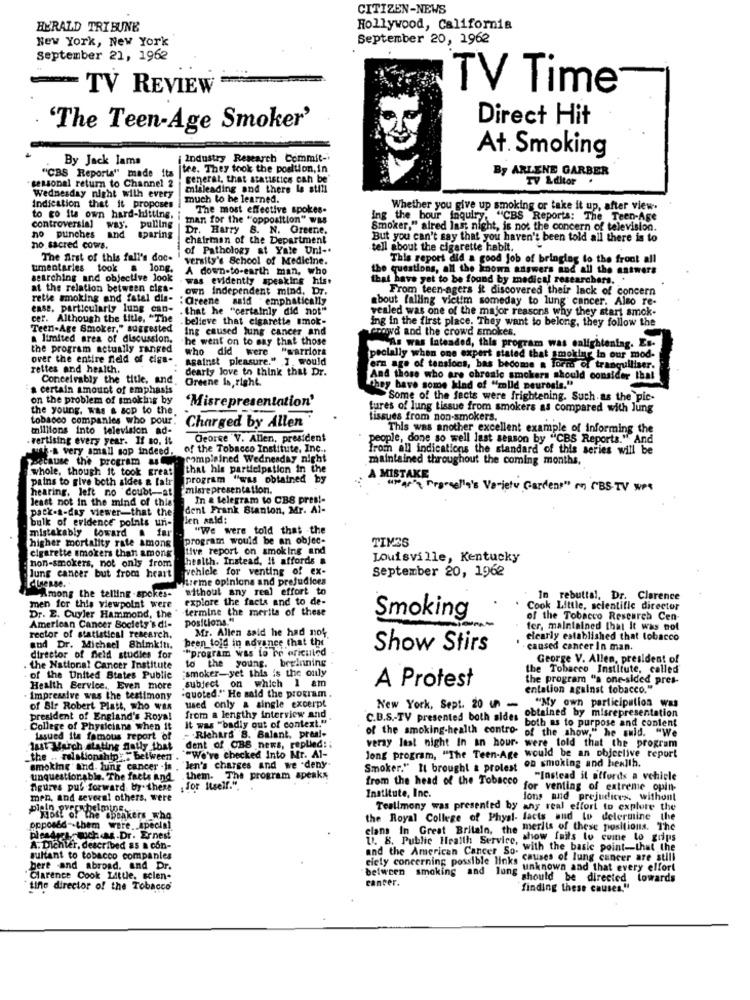
CITIZEN-NEWS
HERALD TRIBUNE
Hollywood, California
New York, New York
September 20, 1962
September 21, 1962
TV REVIEW
TV Time
Direct Hit
'The Teen-Age Smoker'
By Jack lama
Industry Research Commit-
At. Smoking
tee. They took the position, in
By ARLENE GARBER
"CBS Reports" made ita
general, that statistics can be"
TV Editor .
seasonal return to Channel 2
misleading and there la still
Wednesday night with every
much to he learned.
Indication that it proposes
The most effective spokes.
Whether you give up smoking or take it up, after view.
to go its own hard-hitting.
man for the "opposition" Was
Ing the bour inquiry. "CBS Reports: The Teen-Age
controversia]
no punches
way. pulling
Dr. Harry S. N. Greene,
Smoker," alred last night, is not the concern of television.
and sparing
chairman of the Department
But you can't say that you haven't been told all there is to
no sacred cours.
of Pathology at Yale Un !-.
tell about the cigarette habit.
The first of this fall's doc-
versity's School of Medicine.
This report did a good job of bringing to the front all
umentarles took a long.
long.
A down-to-earth man, who
the questions, all the known answers and all the answers
searching and objective Jook
was evidently speaking hist
that have yet to be found by medical researchers. .
at the relation between cigs-
own independent mind, Dr.
From teen-agers it discovered their lack of concern
retie smoking and fatal dia-
"Greene said :emphatically
about falling victim someday to lung cancer. Also re-
ense, particularly lung can-
. that he "certainly did not"
vealed was one of the major reasons why they start smok-
cer. Although the title, "The
. believe that cigarette smok-
ing in the first place. They want to belong, they follow the
Teen-Age Smoker," suggested
Ing caused lung cancer and
crowd and the crowd smokes.
a limited area of discussion.
he went on to say that those
the program actually ranged
who did were "warriors
As was Intended, this program was enlightening. Es-
over the entire field of cigs-
against pleasure." I. would
pecially when one expert stated that smoking In our mod-
rettes and health.
dearly love to think that Dr.
ern age of tensions, bas become a form of tranquiliser.
Conceivably the title, and.
Greene Is, right.
And those who are chreale smokers should consider that
certain amount of emphasis
They have some kind of "mild neurosis."
on the problem of smoking by
"Misrepresentation'
Some of the facts were frightening. Such as the pic-
the young. was & acp to the
fures of lung tissue from smokers as compared with lung
tobacco companies who pour.
Charged by Allen
tissues from non-smokers.
millions into television
ad
This was another excellent example of informing the
. vertising every year. If so. it
George V. Allen, president
people, done so well last season by "CBS Reports." And
ut-a very small sop indeed.
of the Tobacco Institute, Inc ..
from all indications the standard of this series will be
Because the program as
complained Wednesday night
maintained throughout the coming months,
whole, though it took great
that his participation in the
pains to give both sides & fair
program "was obtained by
MISTAKE
misrepresentation.
's Variety Gardens" on IBS-TV WPS
hearing, left no doubt at
least not In the mind of this
In a telegram to CBS pres !-
pack-a-das viewer-that the
dent Frank Stanton, Mr. Al-
bulk of evidence points un-
den sald:
mistakably toward & far
"We were told that the
higher mortality rate among
program would be an objec-
TIMES
cigarette smokers than among
tive report on smoking and
health. Instead, It affords a
Louisville, Kentucky
non-smokers, not only from
vehicle for venting of ex-
September 20, 1962
Jung cancer but from heart
desse.
Rizeme opinions and prejudices
without any real effort to
Among the telling -spokes-
explore the facts and to de-
In rebuttal. Dr. Clarence
men for this viewpoint were
termine the merits of these
Cook Little, scientific director
Dr. E. Cuyler Hammond, the
positions."
Smoking
of the Tobacco Research Cen-
American Cancer Society's di-
Mr. Allen said he had no4
fer, maintained that it was not
rector of statistical research.
been told in advance that the
clearly established that tobacco
and Dr. Michael 8himkin.
""program was to be ericuled
Show Stirs
caused cancer In man.
director of field studies for
to the young. beginning
George V. Allen, president of
the National Cancer Institute
smoker-yet this is the only
the Tobacco Institute, called
of the United States Public
subject on which 1 am
A Protest
the program "a one-sided pres-
Health Service ., Even more
.quoted." He said the program.
entation against tobacco."
Impressive was the testimony
of Bir Robert Platt, who was
used only a single excerpt
New York, Sept. 20 un -
"My own participation was
president of England's Royal
It was "badly out of context.""
from a lengthy interview and
C.D.S .- TV presented both sides
obtained by misrepresentation
College of Physicians when it
- Richard 'S. Balant. pres !-
of the smoking-health contro of the show," he suid. "We
both as to purpose and content
lasued ita famous report of
last Herch stating daily that
dent of CBS news, replied :;
versy Itat night In an hour- were told that the program
the .. relationship:" between . "We've checked Into Mr. Al-
Jong program, "The Teen-Age would be an objective report
on smoking and health.
smoking"and. lung cancer is , len's charges and we "deny
Smoker." It brought a prolest
unquestionable. The facts and them. The program speaks
from the head of the Tobacco
"Instead il affords a vehicle
figures put forward by.these : for Itself.".
for venting of extreme opin-
men, and several others, were
Institute, Inc.
Ions and prejudices. withont
plein py
Tealimony was presented by any real effort to explore the
"most of the Speakers who
the Royal College of Physi- facts and to determine the
opposed -- them were ._ special
clans In Great Britain, the merits of these positions. The
plesdags muchas Dr. Ernest
U. B. Public Health Service, show fails to come to grips
A. Dichter, described as & con-
and the American Cancer So-
" with the basic point-that the
sultant to tobacco companies
causes of lung cancer are still
bere and abroad. and Dr.
elety concerning possible links unknown and that every elfort
Clarence Cook Little, selen-
cancer.
between smoking and lung should be directed towards
tine director of the Tobacco
finding these causes."